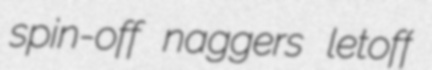
spin-off naggers letoff